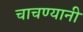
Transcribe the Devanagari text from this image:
चाचण्यानी